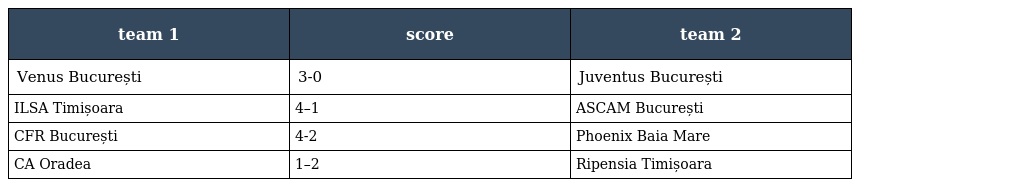
| team 1 | score | team 2 |
 | --- | --- | --- |
 | Venus București | 3-0 | Juventus București |
 | ILSA Timișoara | 4–1 | ASCAM București |
 | CFR București | 4-2 | Phoenix Baia Mare |
 | CA Oradea | 1–2 | Ripensia Timișoara |